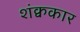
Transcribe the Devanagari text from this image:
शंक्वकार